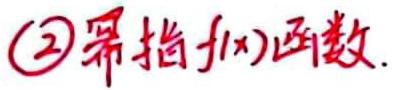
$\textcircled{2}$幂指函数.